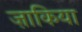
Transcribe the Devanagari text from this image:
ज़ाकिया